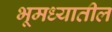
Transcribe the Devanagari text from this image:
भूमध्यातील